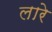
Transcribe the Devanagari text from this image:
लारे